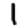
Digit: 1